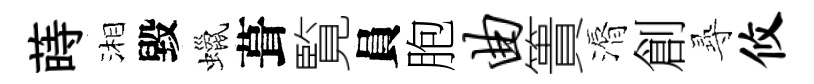
蒔湘毀蠟葺覧員胞曲簣漘創𡬶攸